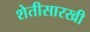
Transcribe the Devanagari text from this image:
शेतीसारखी